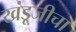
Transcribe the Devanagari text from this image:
खंडूजीचा